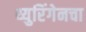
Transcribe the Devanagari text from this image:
थ्युरिंगेनचा